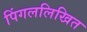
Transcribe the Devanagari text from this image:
पिंगललिखित